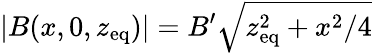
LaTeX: |B(x,0,z_{\mathrm{eq}})|=B^{\prime}\sqrt{z_{\mathrm{eq}}^{2}+x^{2}/4}